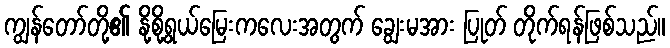
ကျွန်တော်တို့၏ နို့စို့ရွယ်မြေးကလေးအတွက် ချွေးမအား ပြုတ် တိုက်ရန်ဖြစ်သည်။